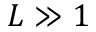
L \gg 1